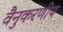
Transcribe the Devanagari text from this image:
वैनुकरणीय